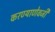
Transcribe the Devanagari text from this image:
करण्याणेवजी